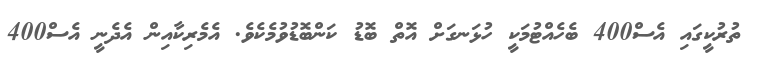
ތުރުކީގައި އެސް400 ބެހެއްޓުމަކީ ހުޅަނގަށް އޮތް ބޮޑު ކަންބޮޑުވުމެކެވެ. އެމެރިކާއިން އެދެނީ އެސް400